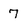
Character: 7